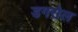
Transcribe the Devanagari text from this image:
डगरोल